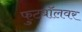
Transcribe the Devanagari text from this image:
फुटबॉलवर